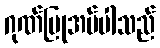
ဂုဏ်ပြုအပ်ပါသည်